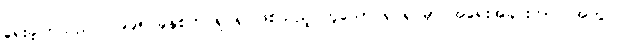
ရေးခဲ့ကြသည်။ ၁၉၉၅ ခုနှစ်က ရုပ်ရှင်ဖြစ်သည့် ဟူသော ရုပ်ရှင်မှာ အရေးအခင်းကာလအတွင်